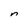
Character: n